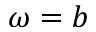
\omega = b